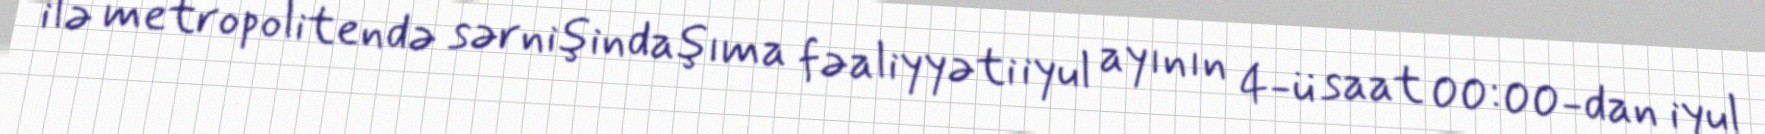
ilə metropolitendə sərnişindaşıma fəaliyyəti iyul ayının 4-ü saat 00:00-dan iyul